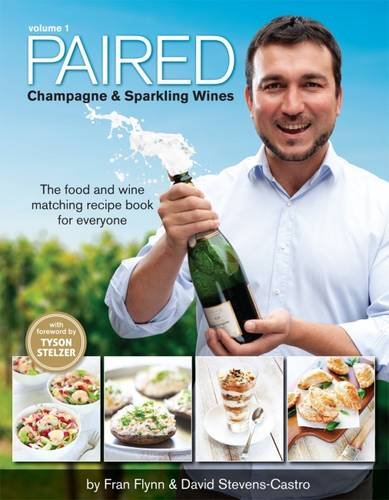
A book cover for PAIRED - Champagne & Sparkling Wines. The food and wine matching recipe book for everyone.; David Stevens-Castro; Cookbooks, Food & Wine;